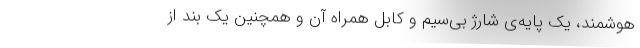
هوشمند، یک پایه‌ی شارژ بی‌سیم و کابل همراه آن و همچنین یک ‌بند از